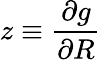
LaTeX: z\equiv\frac{\partial g}{\partial R}